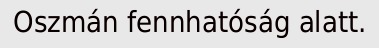
Oszmán fennhatóság alatt.